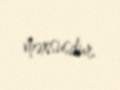
məxsusdur.